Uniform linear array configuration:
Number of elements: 16
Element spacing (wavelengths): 0.25
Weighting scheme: blackman
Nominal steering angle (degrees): -45
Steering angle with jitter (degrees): -46.256
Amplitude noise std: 0.05
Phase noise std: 0.05

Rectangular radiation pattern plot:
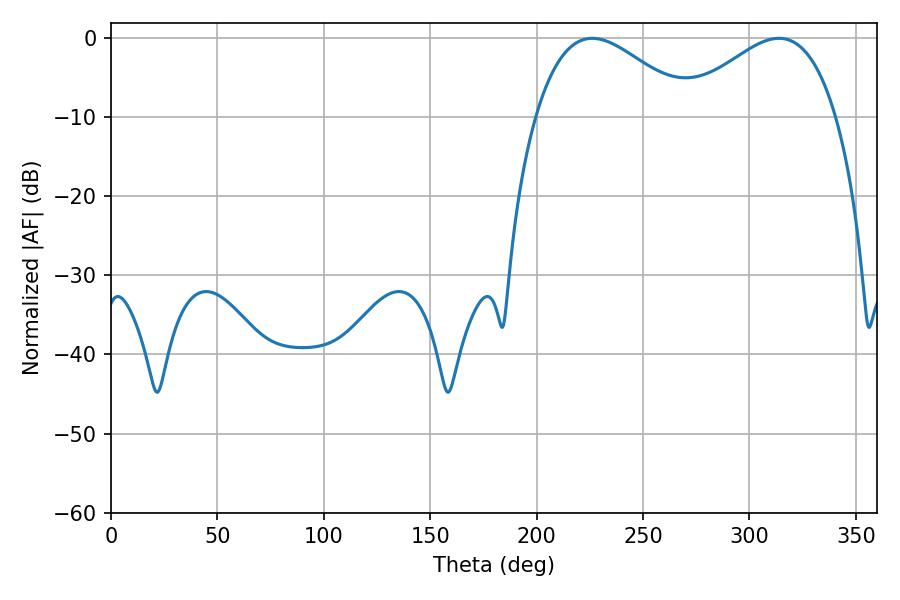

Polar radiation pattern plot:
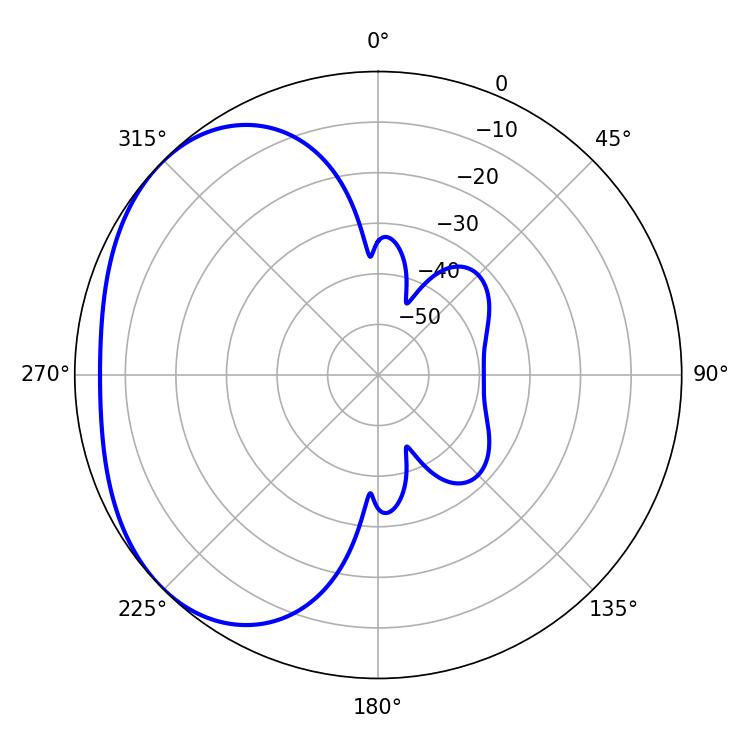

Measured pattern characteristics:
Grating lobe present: FALSE
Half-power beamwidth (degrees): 39.6
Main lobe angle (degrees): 226.08